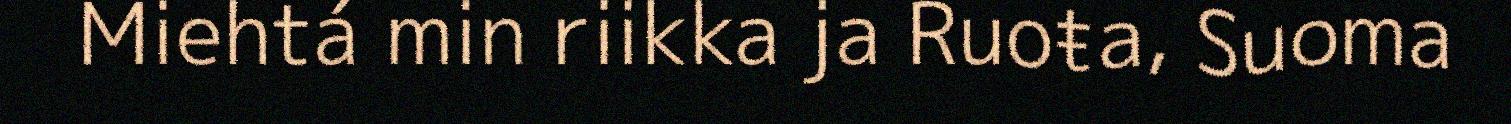
Miehtá min riikka ja Ruoŧa, Suoma